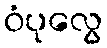
ဝံပုလွေ